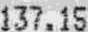
137.15